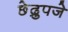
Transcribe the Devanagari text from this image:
छेद्रुपजे